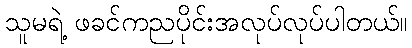
သူမရဲ့ ဖခင်ကညပိုင်းအလုပ်လုပ်ပါတယ်။